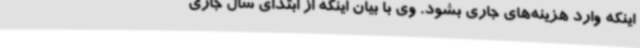
اینکه وارد هزینه‌های جاری بشود. وی با بیان اینکه از ابتدای سال جاری